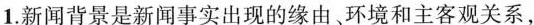
1.新闻背景是新闻事实出现的缘由、环境和主客观关系，